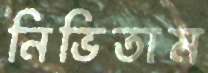
নিভিতাম